Leningradi_Edasi_toimetus, lk 67
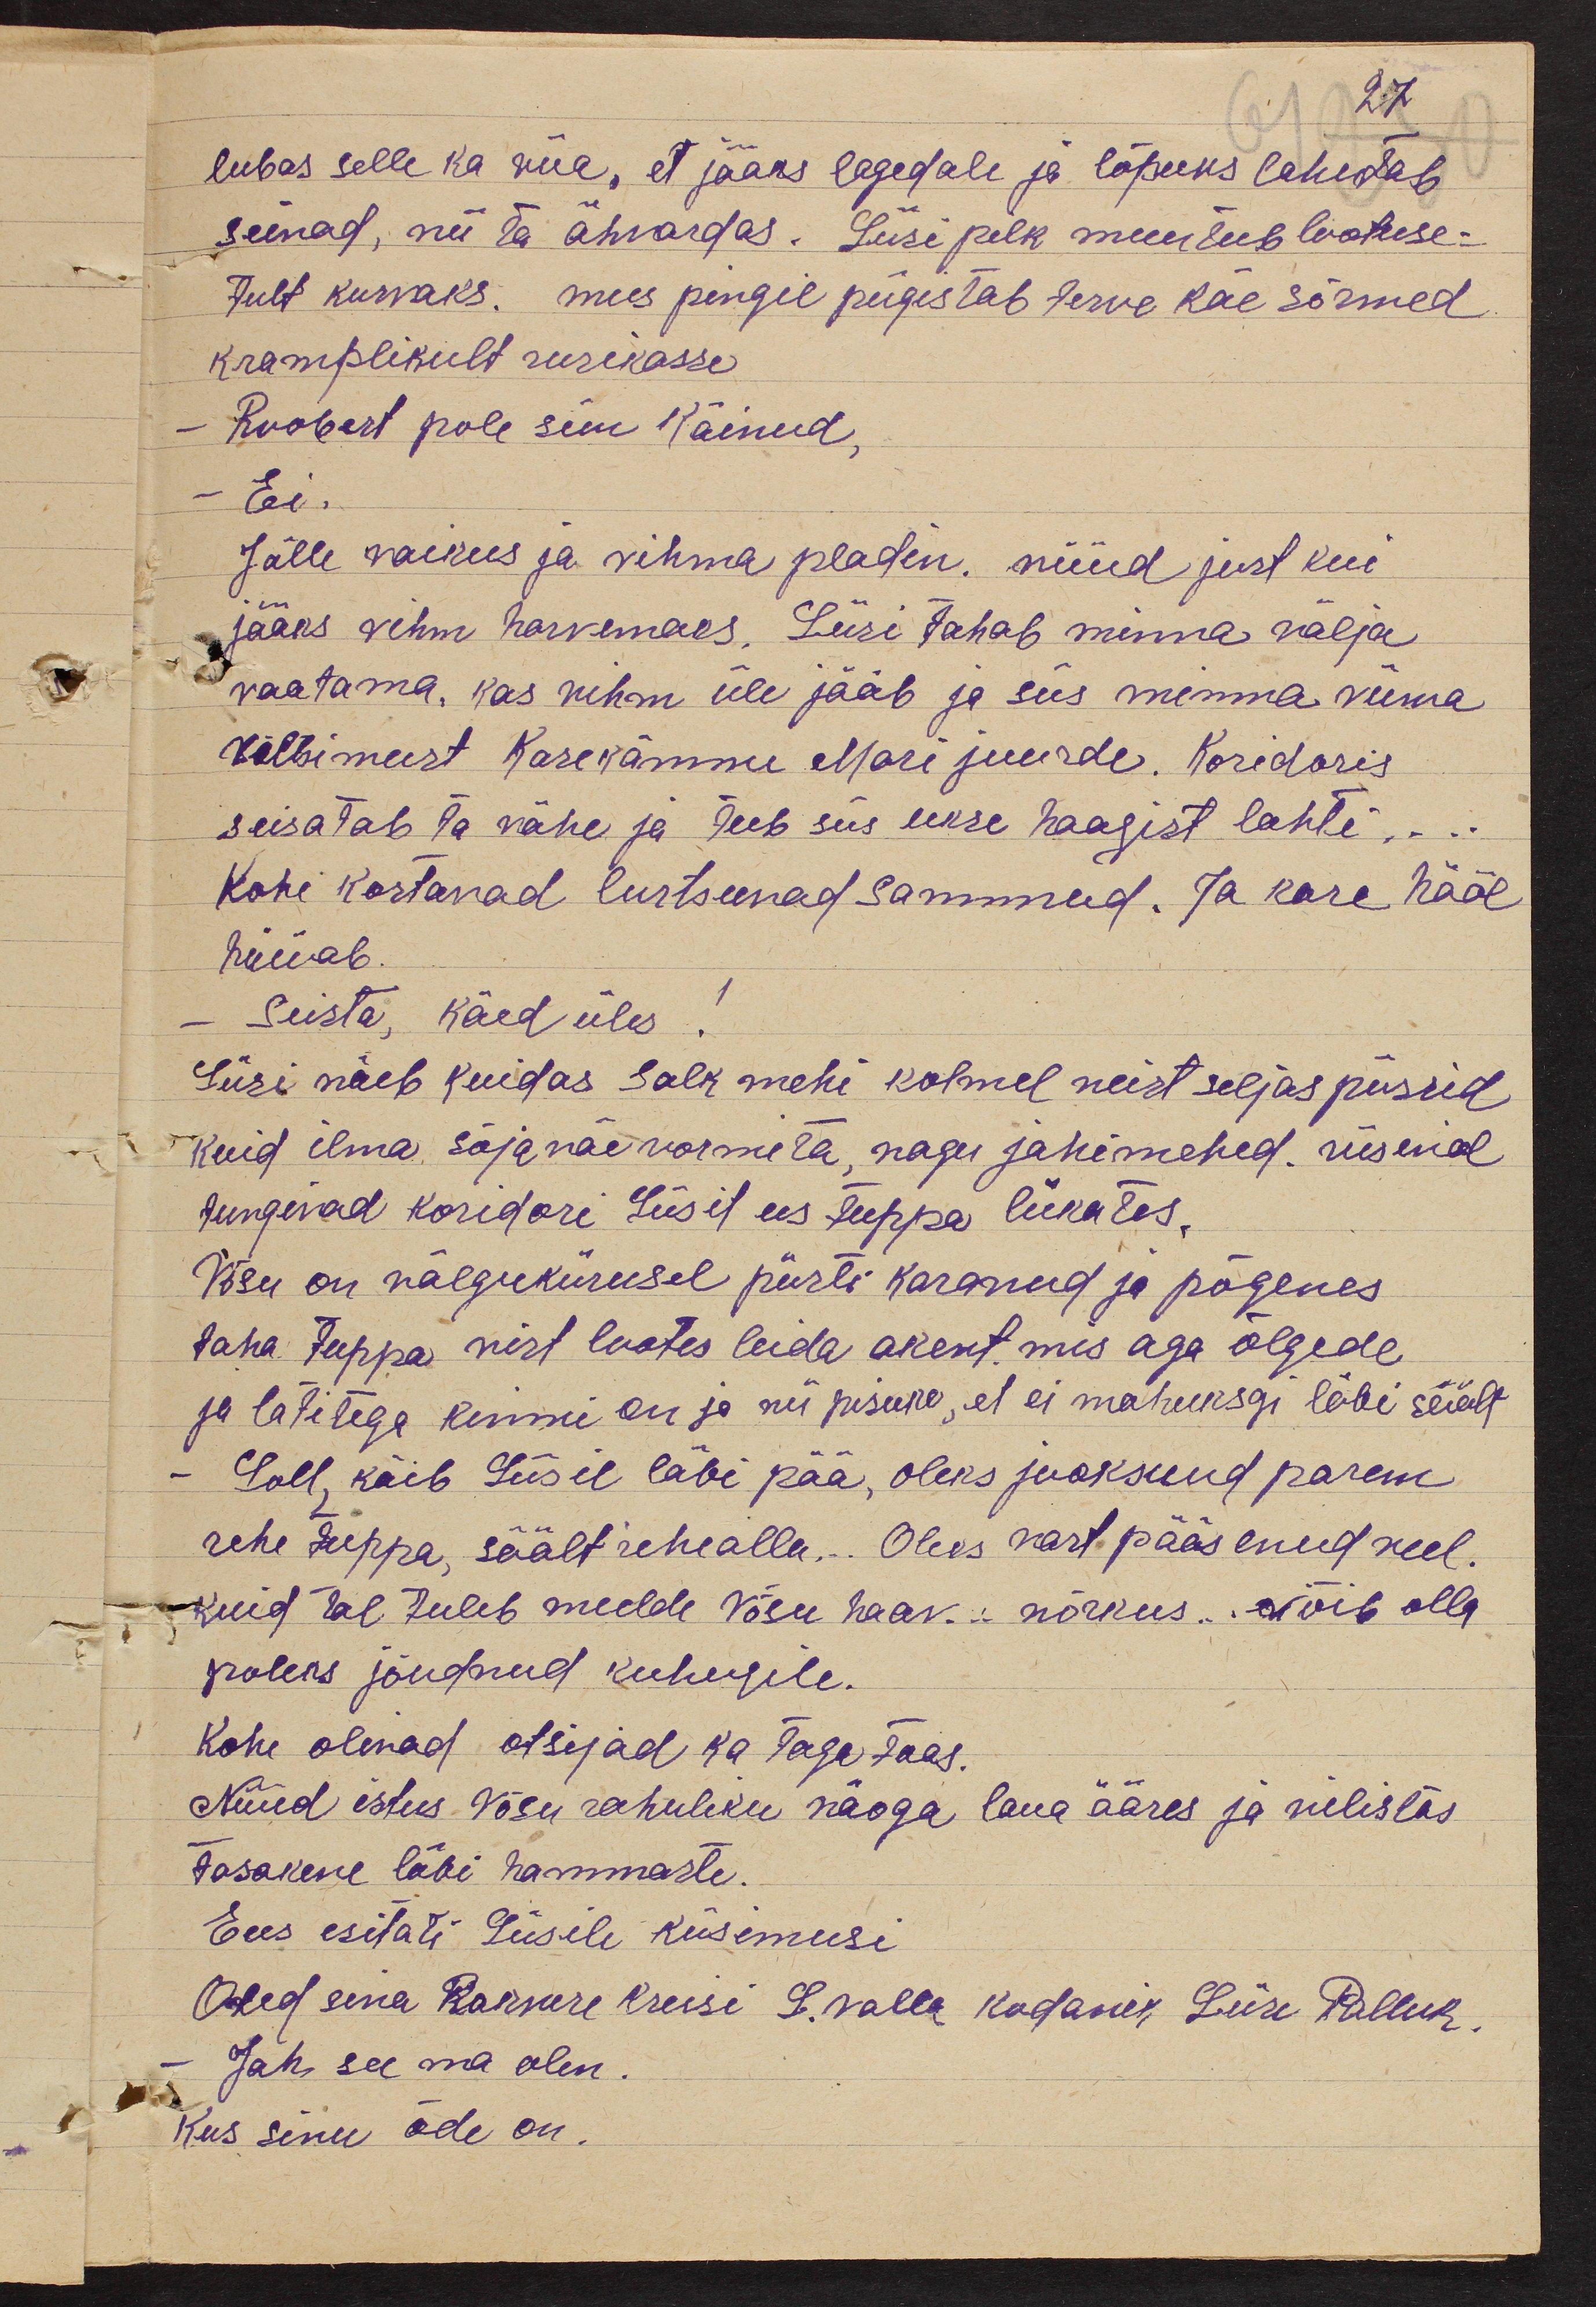
27
lubas selle ka viia, et jääks lagedale ja lõpuks lahetab
seinad, nii ta ähvardas. Liisi pilk muutub lootuse-
tult kurvaks. mees pingil pigistab terve käe sõrmed
kramplikult rusikasse
Roobert pole siin käinud,
- Ei.
Jälle vaikus ja vihma pladin. nüüd just kui
jääks vihm harvemaks. Liisi tahab minna välja
vaatama, kas vihm üle jääb ja siis minna viima
vällimeest Kasekännu Mari juurde. Koridoris
seisatab ta vähe ja teeb siis ukse haagist lahti..
Kohi kostavad lurtsuvad sammud. Ja kare hääl
hüüab
Seista, käed üles
Liisi näeb kuidas salk mehi kolmel neist seljas püssid
kuid ilma sõjaväe vormita, nagu jahimehed. rüsinal
tungivad koridori Liisit ees tuppa lükates.
Võsu on välgukiirusel püsti karanud ja põgenes
taha tuppa vist lootes leida akent. mis aga õlgede
ja latitega kinni on ja nii pisuka, et ei mahuksgi läbi säält
Loll, käib Liisil läbi pää, oleks juoksund parem
rehe tuppa, säält rehealla... Oleks vast pääsenud veel.
Kuid tal tuleb meelde Võsu haav... nõrkus... võib olla
poleks jõudnud kuhugile.
Kohe olevad otsijad ka taga toas.
Nüüd istus Võsu rahuliku näoga laua ääres ja vilistas
tasakene läbi hammaste.
Eees esitati Liisile küsimusi
Oled sina Rakvere kreisi L. valla kodanik Liise Palluk.
Jah see ma olen.
Kus sinu õde on.